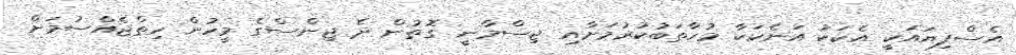
އެސްފިޔައަކީ އެކަކު އަނެކަކާ މުހާތަބުކުރުމަށާއި ޖިސްމާނީ ގޮތުން ދެ ޖިންސްގެ މީހުން ހިތްޖެއްސުމަށް